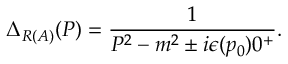
\Delta _ { R ( A ) } ( P ) = \frac { 1 } { P ^ { 2 } - m ^ { 2 } \pm i \epsilon ( p _ { 0 } ) 0 ^ { + } } .